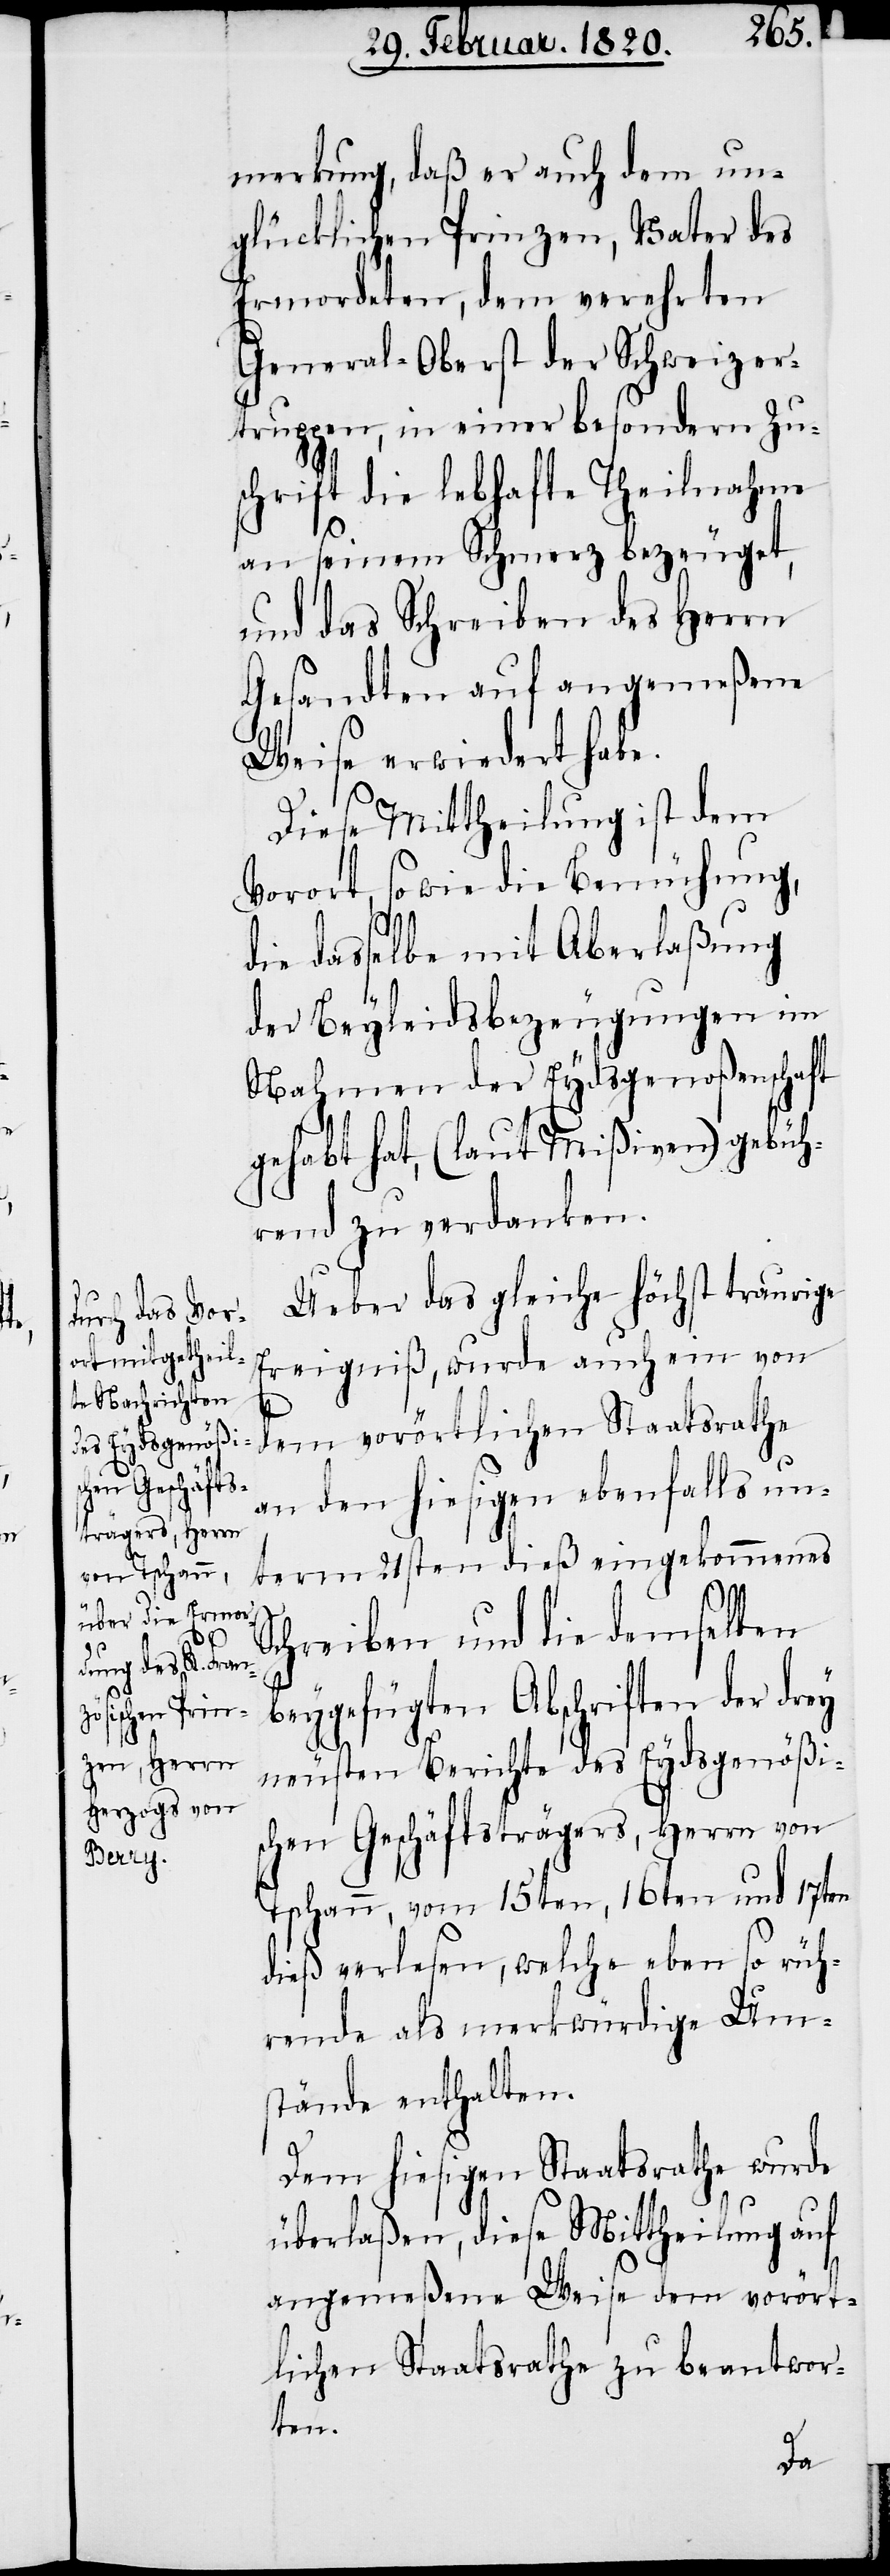
merkung, daß er auch dem un¬
glücklichen Prinzen, Vater des
Ermordeten, dem verehrten
General-Oberst der Schweizer¬
truppen, in einer besondern Zu¬
schrift die lebhafte Theilnahme
an seinem Schmerz bezeuget,
und das Schreiben des Herrn
Gesandten auf angemeßene
Weise erwiedert habe.
Diese Mittheilung ist dem
Vorort, sowie die Bemühung,
die dasselbe mit Aberlaßung
der Beyleidsbezeugungen im
Nahmen der Eydsgenoßenschaft
gehabt hat, (laut Mißiven) gebüh¬
rend zu verdanken.
Ueber das gleiche höchst traurige
Ereigniß, wurde auch ein von
an den hiesigen ebenfalls un¬
term 21sten dieß eingekommenes
Schreiben und die demselben
beygefügten Abschriften der drey
neusten Berichte des Eydsgenößi¬
schen Geschäftsträgers, Herrn von
Tschann, vom 15ten, 16ten und 17ten
dieß verlesen, welche eben so rüh¬
rende als merkwürdige Um¬
stände enthalten.
Dem hiesigen Staatsrathe wurde
überlaßen, diese Mittheilung auf
angemeßene Weise dem vorört¬
lichen Staatsrathe zu beantwor¬
ten.

dem